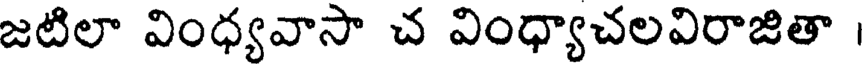
జటిలా వింధ్యవాసా చ వింధ్యాచలవిరాజితా